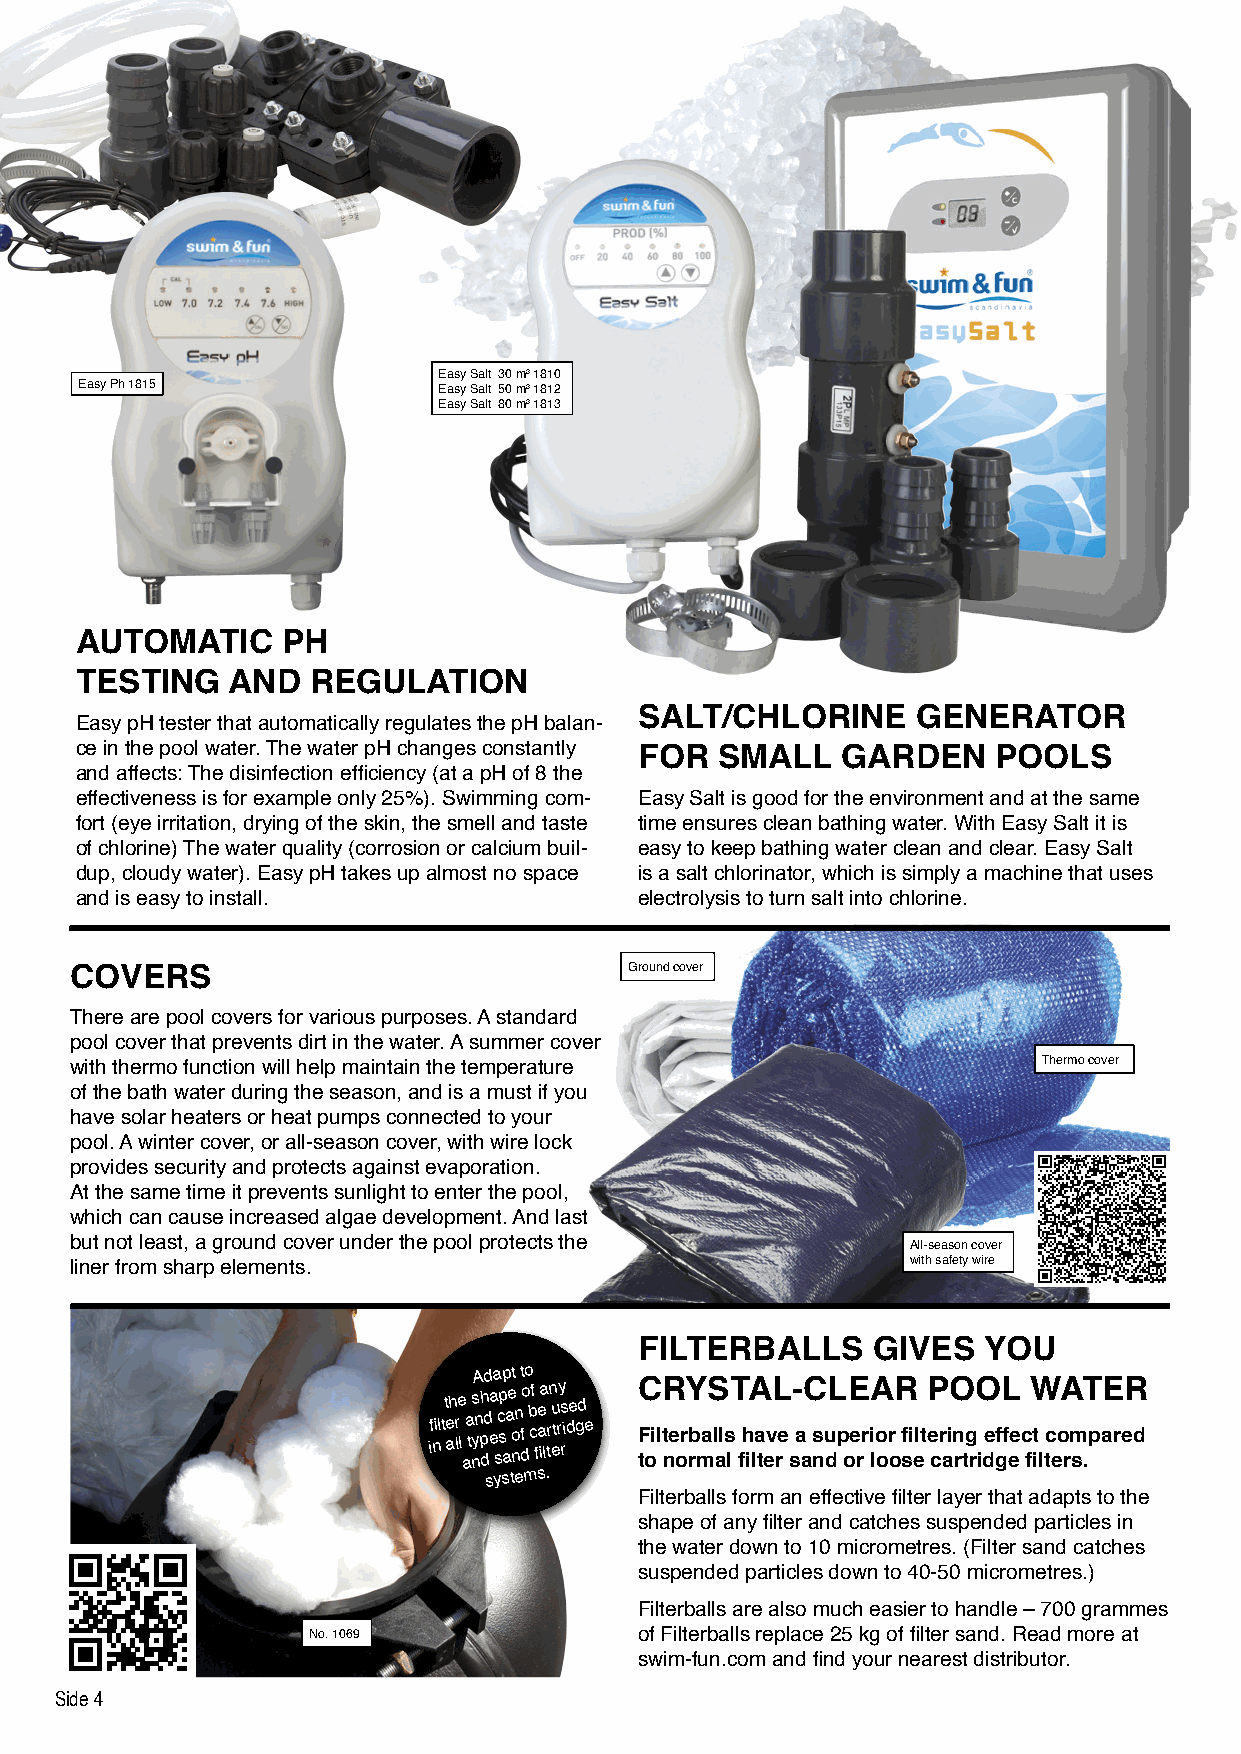
Easy Salt 30 m3 1810
 Easy Ph 1815            Easy Salt 50 m3 1812
 Easy Salt 80 m3 1813
 AUTOMATIC     PH
 TESTING   AND   REGULATION
 SALT/CHLORINE      GENERATOR
 Easy pH tester that automatically regulates the pH balan-
 ce in the pool water. The water pH changes constantly
 FOR  SMALL    GARDEN    POOLS
 and affects: The disinfection efficiency (at a pH of 8 the
 effectiveness is for example only 25%). Swimming com- Easy Salt is good for the environment and at the same
 fort (eye irritation, drying of the skin, the smell and taste time ensures clean bathing water. With Easy Salt it is
 of chlorine) The water quality (corrosion or calcium buil- easy to keep bathing water clean and clear. Easy Salt
 dup, cloudy water). Easy pH takes up almost no space is a salt chlorinator, which is simply a machine that uses
 and is easy to install.              electrolysis to turn salt into chlorine.
 COVERS                               Ground cover
 There are pool covers for various purposes. A standard
 pool cover that prevents dirt in the water. A summer cover
 Thermo cover
 with thermo function will help maintain the temperature
 of the bath water during the season, and is a must if you
 have solar heaters or heat pumps connected to your
 pool. A winter cover, or all-season cover, with wire lock
 provides security and protects against evaporation.
 At the same time it prevents sunlight to enter the pool,
 which can cause increased algae development. And last
 but not least, a ground cover under the pool protects the All-season cover
 liner from sharp elements.                             with safety wire
 FILTERBALLS     GIVES  YOU
 Adapt to
 ifi nlt t e ah r le
 l
 a
 a
 t
 nys n ph dd ea sc sp aa e o nn f do b c f
 fi
 e aa
 lt
 rn eu try rs i d e gd e C F toil R t ne orY rb maS l als lT fihA la tevL re
 s
 - a aC nsu dL p oE e rr A i lo or oR sfi el t P e cr aiO n rtg rO
 i
 de gfL f ee c fiW t
 l
 tc eoA rm sT .paE reR d
 systems.
 Filterballs form an effective filter layer that adapts to the
 shape of any filter and catches suspended particles in
 the water down to 10 micrometres. (Filter sand catches
 suspended particles down to 40-50 micrometres.)
 Filterballs are also much easier to handle – 700 grammes
 No. 1069              of Filterballs replace 25 kg of filter sand. Read more at
 swim-fun.com and find your nearest distributor.
 Side 4